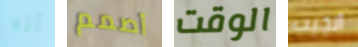
أنه أصمم الوقت أنجبت